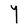
Character: Y